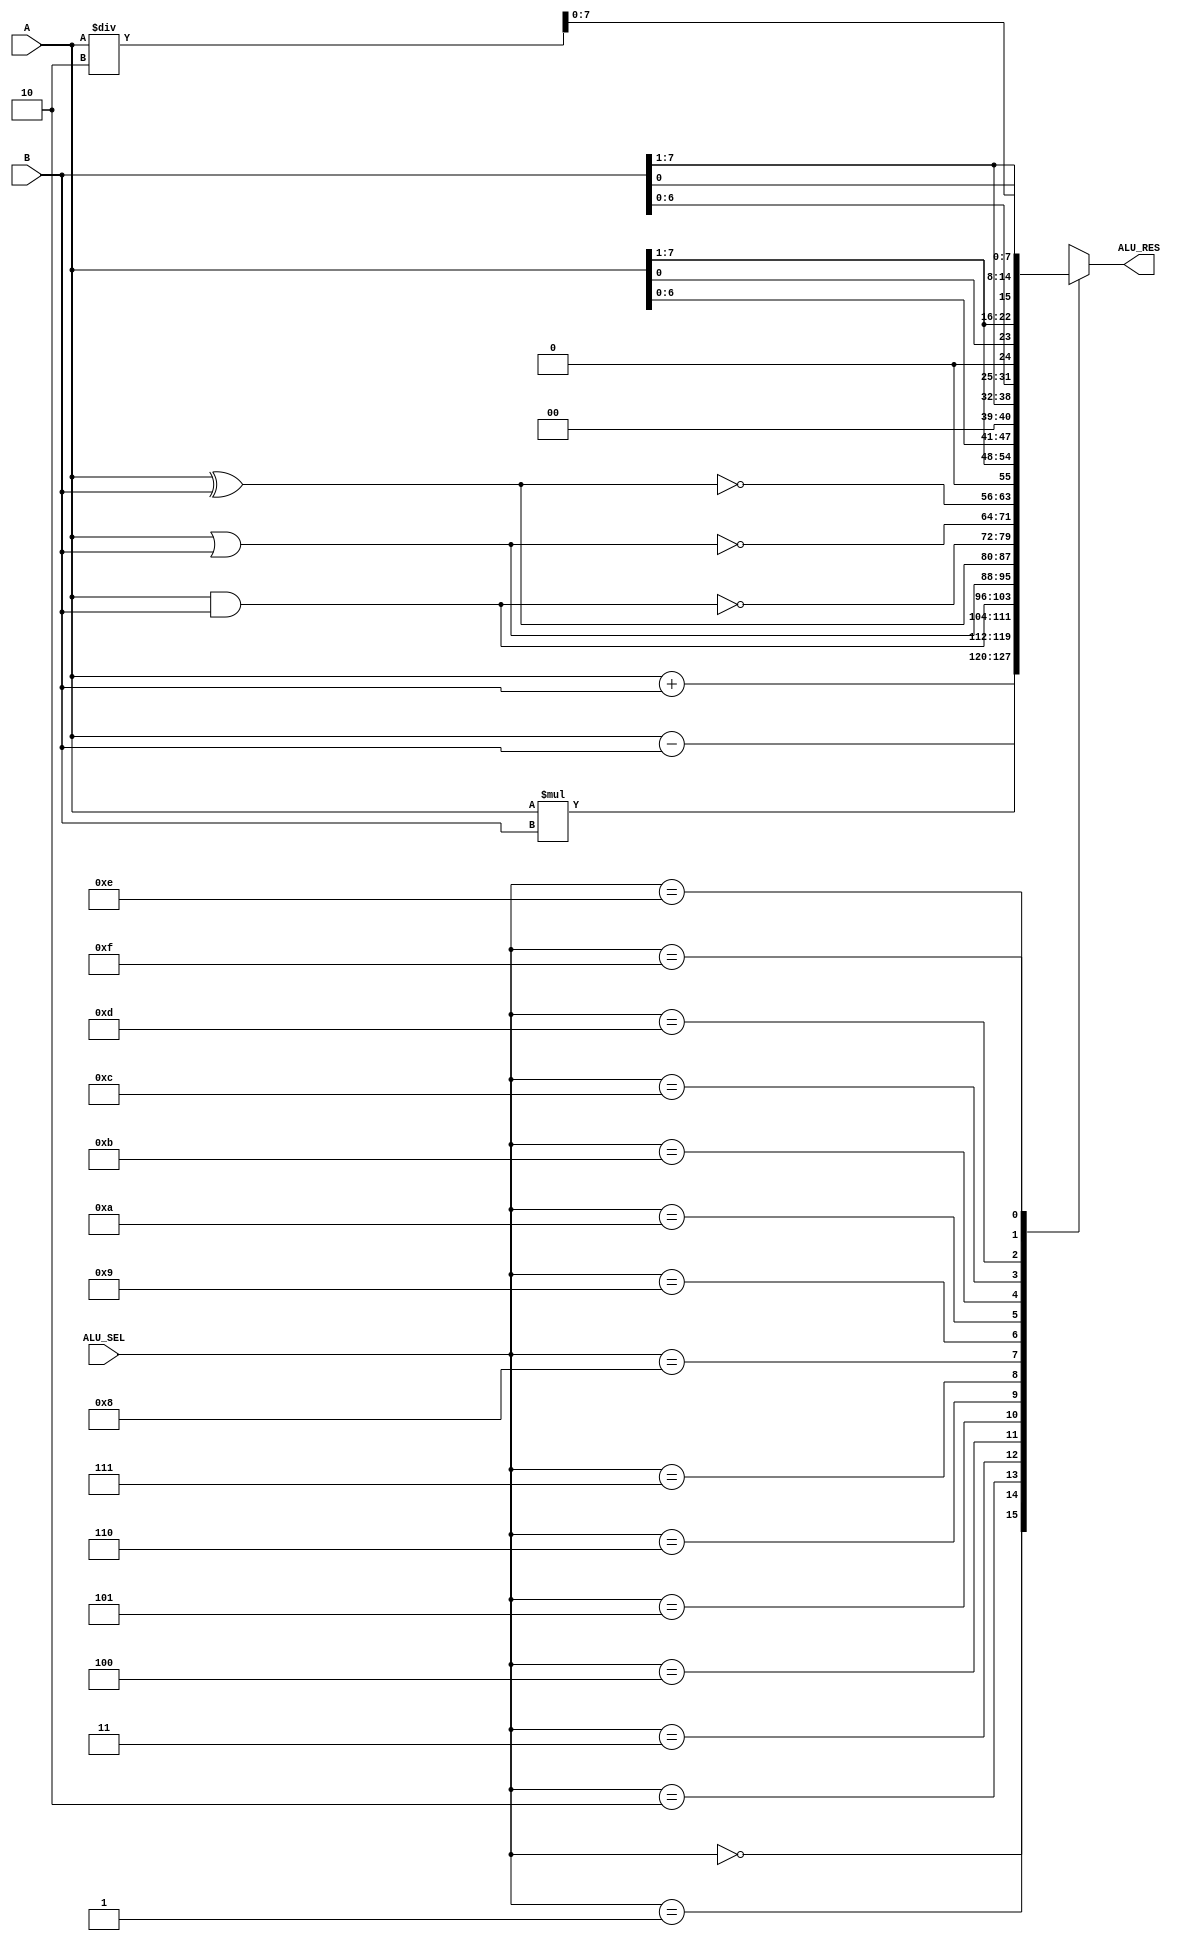
`timescale 1ns / 1ps
//////////////////////////////////////////////////////////////////////////////////
// Company: 
// Engineer: 
// 
// Design Name: 
// Module Name:    ALU 
// Project Name: 
// Target Devices: 
// Tool versions: 
// Description: 
//
// Dependencies: 
//
// Revision: 
// Revision 0.01 - File Created
// Additional Comments: 
//
//////////////////////////////////////////////////////////////////////////////////
module ALU(
    input [7:0] A,B,
    output reg [7:0] ALU_RES,
    input [3:0] ALU_SEL
    //output o,
    //output z,
    //output n
    );
	 always@(*)
	 begin 

		case(ALU_SEL)
			4'b0000 : ALU_RES = A+B;
			4'b0001 : ALU_RES = A-B;
			4'b0010 : ALU_RES = A*B;
			4'b0011 : ALU_RES = A&B;
			4'b0100 : ALU_RES = A|B;
			4'b0101 : ALU_RES = A^B;
			4'b0110 : ALU_RES = ~(A&B);
			4'b0111 : ALU_RES = ~(A|B);
			4'b1000 : ALU_RES = ~(A^B);
			4'b1001 : ALU_RES = A>>1;
			4'b1010 : ALU_RES = A<<1;
			4'b1011 : ALU_RES = B>>1;
			4'b1100 : ALU_RES = B<<1;
			4'b1101 : ALU_RES = {A[0],A[7:1]};
			4'b1110 : ALU_RES = {B[0],B[7:1]};
			4'b1111 : ALU_RES = A/2;
			
			default ALU_RES = 8'h00;
		endcase
	 end
	 //let define 8x1mux 

endmodule